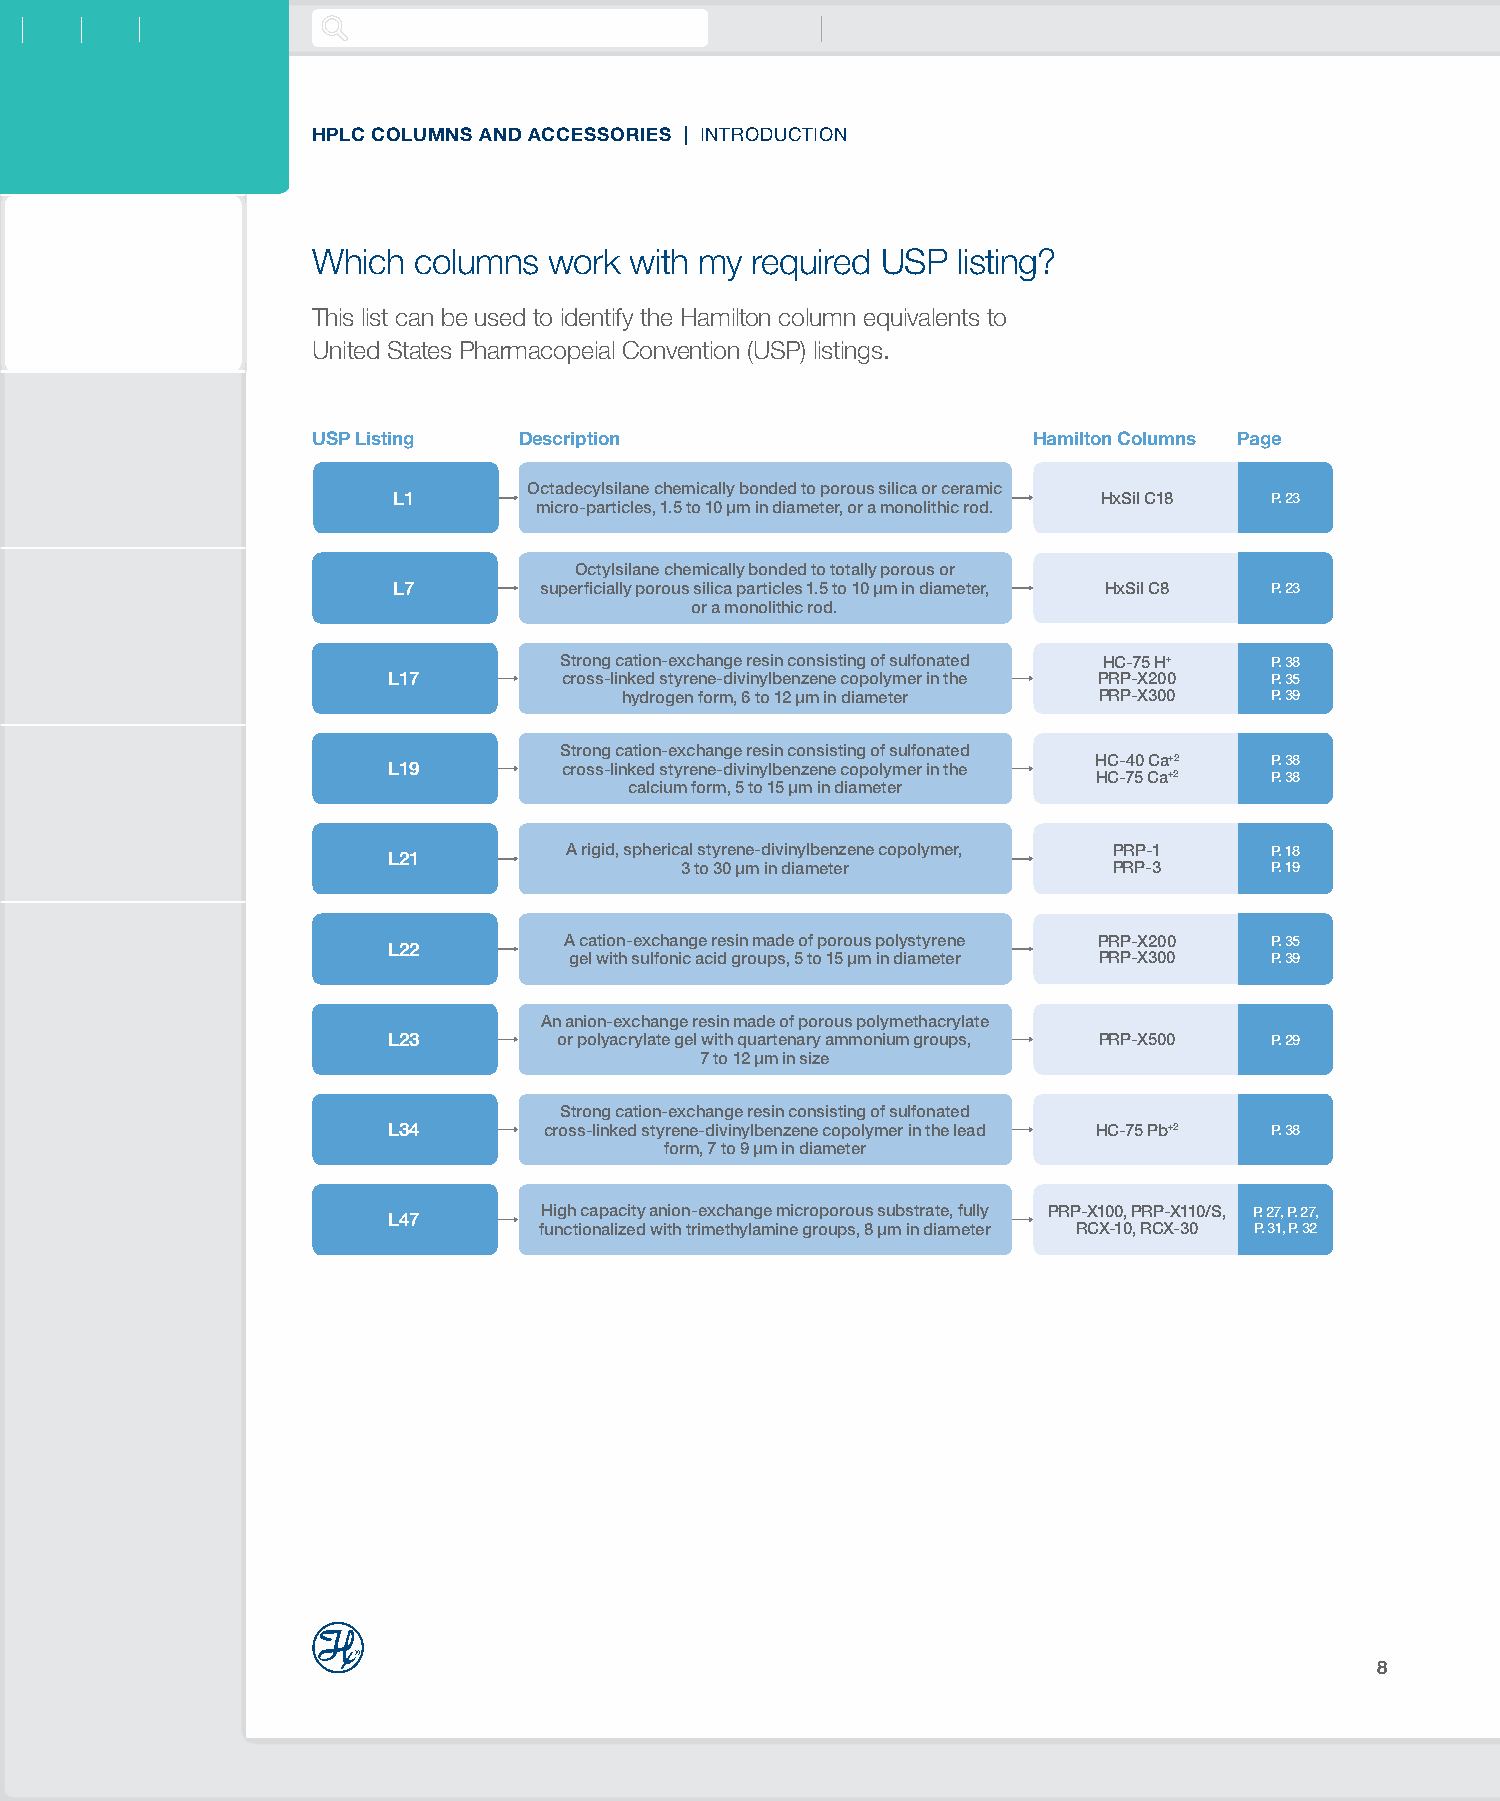
HPLC COLUMNS AND ACCESSORIES | INTRODUCTION
 Which columns  work  with my required USP listing?
 This list can be used to identify the Hamilton column equivalents to
 United States Pharmacopeial Convention (USP) listings.
 USP Listing  Description                       Hamilton Columns Page
 Octadecylsilane chemically bonded to porous silica or ceramic
 L1                                             HxSil C18  P. 23
 micro-particles, 1.5 to 10 μm in diameter, or a monolithic rod.
 Octylsilane chemically bonded to totally porous or
 L7        superficially porous silica particles 1.5 to 10 μm in diameter, HxSil C8 P. 23
 or a monolithic rod.
 Strong cation-exchange resin consisting of sulfonated HC-75 H+ P. 38
 L17        cross-linked styrene-divinylbenzene copolymer in the PRP-X200 P. 35
 hydrogen form, 6 to 12 µm in diameter PRP-X300 P. 39
 Strong cation-exchange resin consisting of sulfonated
 HC-40 Ca+2  P. 38
 L19        cross-linked styrene-divinylbenzene copolymer in the
 HC-75 Ca+2 P. 38
 calcium form, 5 to 15 µm in diameter
 A rigid, spherical styrene-divinylbenzene copolymer, PRP-1 P. 18
 L21
 3 to 30 µm in diameter       PRP-3     P. 19
 A cation-exchange resin made of porous polystyrene PRP-X200 P. 35
 L22
 gel with sulfonic acid groups, 5 to 15 µm in diameter PRP-X300 P. 39
 An anion-exchange resin made of porous polymethacrylate
 L23        or polyacrylate gel with quartenary ammonium groups, PRP-X500 P. 29
 7 to 12 µm in size
 Strong cation-exchange resin consisting of sulfonated
 L34       cross-linked styrene-divinylbenzene copolymer in the lead HC-75 Pb+2 P. 38
 form, 7 to 9 µm in diameter
 High capacity anion-exchange microporous substrate, fully PRP-X100, PRP-X110/S, P. 27, P. 27,
 L47
 functionalized with trimethylamine groups, 8 µm in diameter RCX-10, RCX-30 P. 31, P. 32
 8